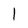
Character: 1